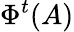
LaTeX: \Phi^{t}(A)